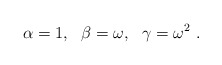
\begin{align*}\alpha=1,~~\beta=\omega,~~\gamma=\omega^2 \ .\end{align*}